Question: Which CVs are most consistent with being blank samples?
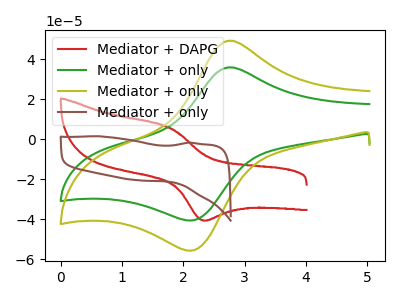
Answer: <think>The red curve "Mediator + DAPG" has an anodic peak at (1.75V, 5.90uA) and a cathodic peak at (2.30V, -40.45uA). The green curve "Mediator + only" has an anodic peak at (2.75V, 35.90uA) and a cathodic peak at (2.15V, -40.50uA). The olive curve "Mediator + only" has an anodic peak at (2.75V, 49.25uA) and a cathodic peak at (2.15V, -55.50uA). The brown curve "Mediator + only" has no peaks.</think>
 <answer>"Mediator + only" is likely to be a blank.</answer>
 <eval>Mediator + only</eval>